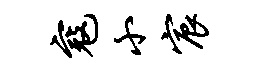
寇小宸